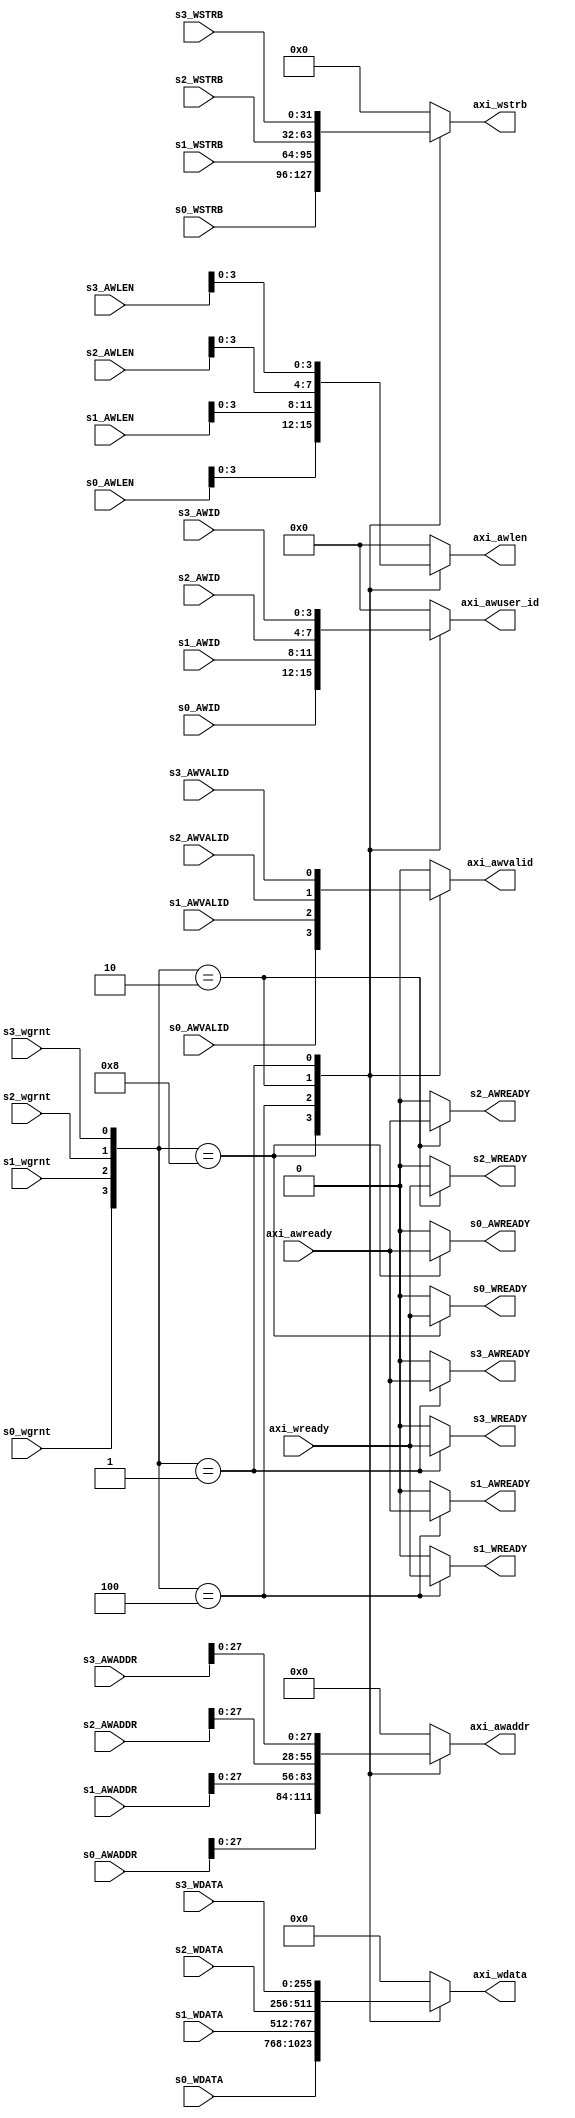
module AXI_Master_Mux_W#(
    parameter                           DATA_WIDTH  = 256          ,
    parameter                           ADDR_WIDTH  = 32           ,
    parameter                           ID_WIDTH    = 4             
)(
    /********** 0 **********/
    //
    input              [ID_WIDTH-1:0]   s0_AWID                    ,
    input              [ADDR_WIDTH-1:0] s0_AWADDR                  ,
    input              [   7:0]         s0_AWLEN                   ,
    input                               s0_AWVALID                 ,
    output reg                          s0_AWREADY                 ,
    //
    input              [DATA_WIDTH-1:0] s0_WDATA                   ,
    input              [(DATA_WIDTH/8)-1:0]s0_WSTRB                   ,
    output reg                          s0_WREADY                  ,
    /********** 1 **********/
    //
    input              [ID_WIDTH-1:0]   s1_AWID                    ,
    input              [ADDR_WIDTH-1:0] s1_AWADDR                  ,
    input              [   7:0]         s1_AWLEN                   ,
    input                               s1_AWVALID                 ,
    output reg                          s1_AWREADY                 ,
    //
    input              [DATA_WIDTH-1:0] s1_WDATA                   ,
    input              [(DATA_WIDTH/8)-1:0]s1_WSTRB                   ,
    output reg                          s1_WREADY                  ,
    /********** 2 **********/
	//
    input              [ID_WIDTH-1:0]   s2_AWID                    ,
    input              [ADDR_WIDTH-1:0] s2_AWADDR                  ,
    input              [   7:0]         s2_AWLEN                   ,
    input                               s2_AWVALID                 ,
    output reg                          s2_AWREADY                 ,
    //
    input              [DATA_WIDTH-1:0] s2_WDATA                   ,
    input              [(DATA_WIDTH/8)-1:0]s2_WSTRB                   ,
    output reg                          s2_WREADY                  ,
    /********** 3 **********/
	//
    input              [ID_WIDTH-1:0]   s3_AWID                    ,
    input              [ADDR_WIDTH-1:0] s3_AWADDR                  ,
    input              [   7:0]         s3_AWLEN                   ,
    input                               s3_AWVALID                 ,
    output reg                          s3_AWREADY                 ,
    //
    input              [DATA_WIDTH-1:0] s3_WDATA                   ,
    input              [(DATA_WIDTH/8)-1:0]s3_WSTRB                   ,
    output reg                          s3_WREADY                  ,
    /********  ********/
    //
    output reg         [   3:0]         axi_awuser_id              ,
    output reg         [28-1:0]         axi_awaddr                 ,
    output reg         [   3:0]         axi_awlen                  ,
    output reg                          axi_awvalid                ,
    input                               axi_awready                ,
    //
    output reg         [32*8-1:0]       axi_wdata                  ,
    output reg         [32-1:0]         axi_wstrb                  ,
    input                               axi_wready                 ,
    
    input                               s0_wgrnt                   ,
    input                               s1_wgrnt                   ,
    input                               s2_wgrnt                   ,
    input                               s3_wgrnt                    
);

always @(*) begin
    case({s0_wgrnt,s1_wgrnt, s2_wgrnt, s3_wgrnt})                   //
        4'b1000: begin
            axi_awuser_id      =  s0_AWID;
            axi_awaddr    =  s0_AWADDR;
            axi_awlen     =  s0_AWLEN[3:0];
            axi_wdata     =  s0_WDATA;
            axi_wstrb     =  s0_WSTRB;
            axi_awvalid   =  s0_AWVALID;
        end
        4'b0100: begin
            axi_awuser_id      =  s1_AWID;
            axi_awaddr    =  s1_AWADDR;
            axi_awlen     =  s1_AWLEN[3:0];
            axi_wdata     =  s1_WDATA;
            axi_wstrb     =  s1_WSTRB;
            axi_awvalid   =  s1_AWVALID;
        end
        4'b0010: begin
            axi_awuser_id      =  s2_AWID;
            axi_awaddr    =  s2_AWADDR;
            axi_awlen     =  s2_AWLEN[3:0];
            axi_wdata     =  s2_WDATA;
            axi_wstrb     =  s2_WSTRB;
            axi_awvalid   =  s2_AWVALID;
        end
        4'b0001: begin
            axi_awuser_id      =  s3_AWID;
            axi_awaddr    =  s3_AWADDR;
            axi_awlen     =  s3_AWLEN[3:0];
            axi_wdata     =  s3_WDATA;
            axi_wstrb     =  s3_WSTRB;
            axi_awvalid   =  s3_AWVALID;
        end
        default: begin
            axi_awuser_id      =  0;
            axi_awaddr    =  0;
            axi_awlen     =  0;
            axi_wdata     =  0;
            axi_wstrb     =  0;
            axi_awvalid   =  0;
        end
    endcase
end

//AWREADY
always @(*) begin
    case({s0_wgrnt,s1_wgrnt, s2_wgrnt, s3_wgrnt})
        4'b1000: begin
            s0_AWREADY = axi_awready;
            s1_AWREADY = 0;
            s2_AWREADY = 0;
            s3_AWREADY = 0;
        end
        4'b0100: begin
            s0_AWREADY = 0;
            s1_AWREADY = axi_awready;
            s2_AWREADY = 0;
            s3_AWREADY = 0;
        end
        4'b0010: begin
            s0_AWREADY = 0;
            s1_AWREADY = 0;
            s2_AWREADY = axi_awready;
            s3_AWREADY = 0;
        end
        4'b0001: begin
            s0_AWREADY = 0;
            s1_AWREADY = 0;
            s2_AWREADY = 0;
            s3_AWREADY = axi_awready;
        end
        default: begin
            s0_AWREADY = 0;
            s1_AWREADY = 0;
            s2_AWREADY = 0;
            s3_AWREADY = 0;
        end
    endcase
end

//WREADY
always @(*) begin
    case({s0_wgrnt,s1_wgrnt, s2_wgrnt, s3_wgrnt})
        4'b1000: begin
            s0_WREADY = axi_wready;
            s1_WREADY = 0;
            s2_WREADY = 0;
            s3_WREADY = 0;
        end
        4'b0100: begin
            s0_WREADY = 0;
            s1_WREADY = axi_wready;
            s2_WREADY = 0;
            s3_WREADY = 0;
        end
        4'b0010: begin
            s0_WREADY = 0;
            s1_WREADY = 0;
            s2_WREADY = axi_wready;
            s3_WREADY = 0;
        end
        4'b0001: begin
            s0_WREADY = 0;
            s1_WREADY = 0;
            s2_WREADY = 0;
            s3_WREADY = axi_wready;
        end
        default: begin
            s0_WREADY = 0;
            s1_WREADY = 0;
            s2_WREADY = 0;
            s3_WREADY = 0;
        end
    endcase
end

endmodule